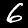
Label: 6